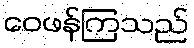
ဝေဖန်ကြသည်